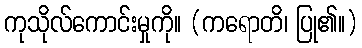
ကုသိုလ်ကောင်းမှုကို။ (ကရောတိ၊ ပြု၏။)